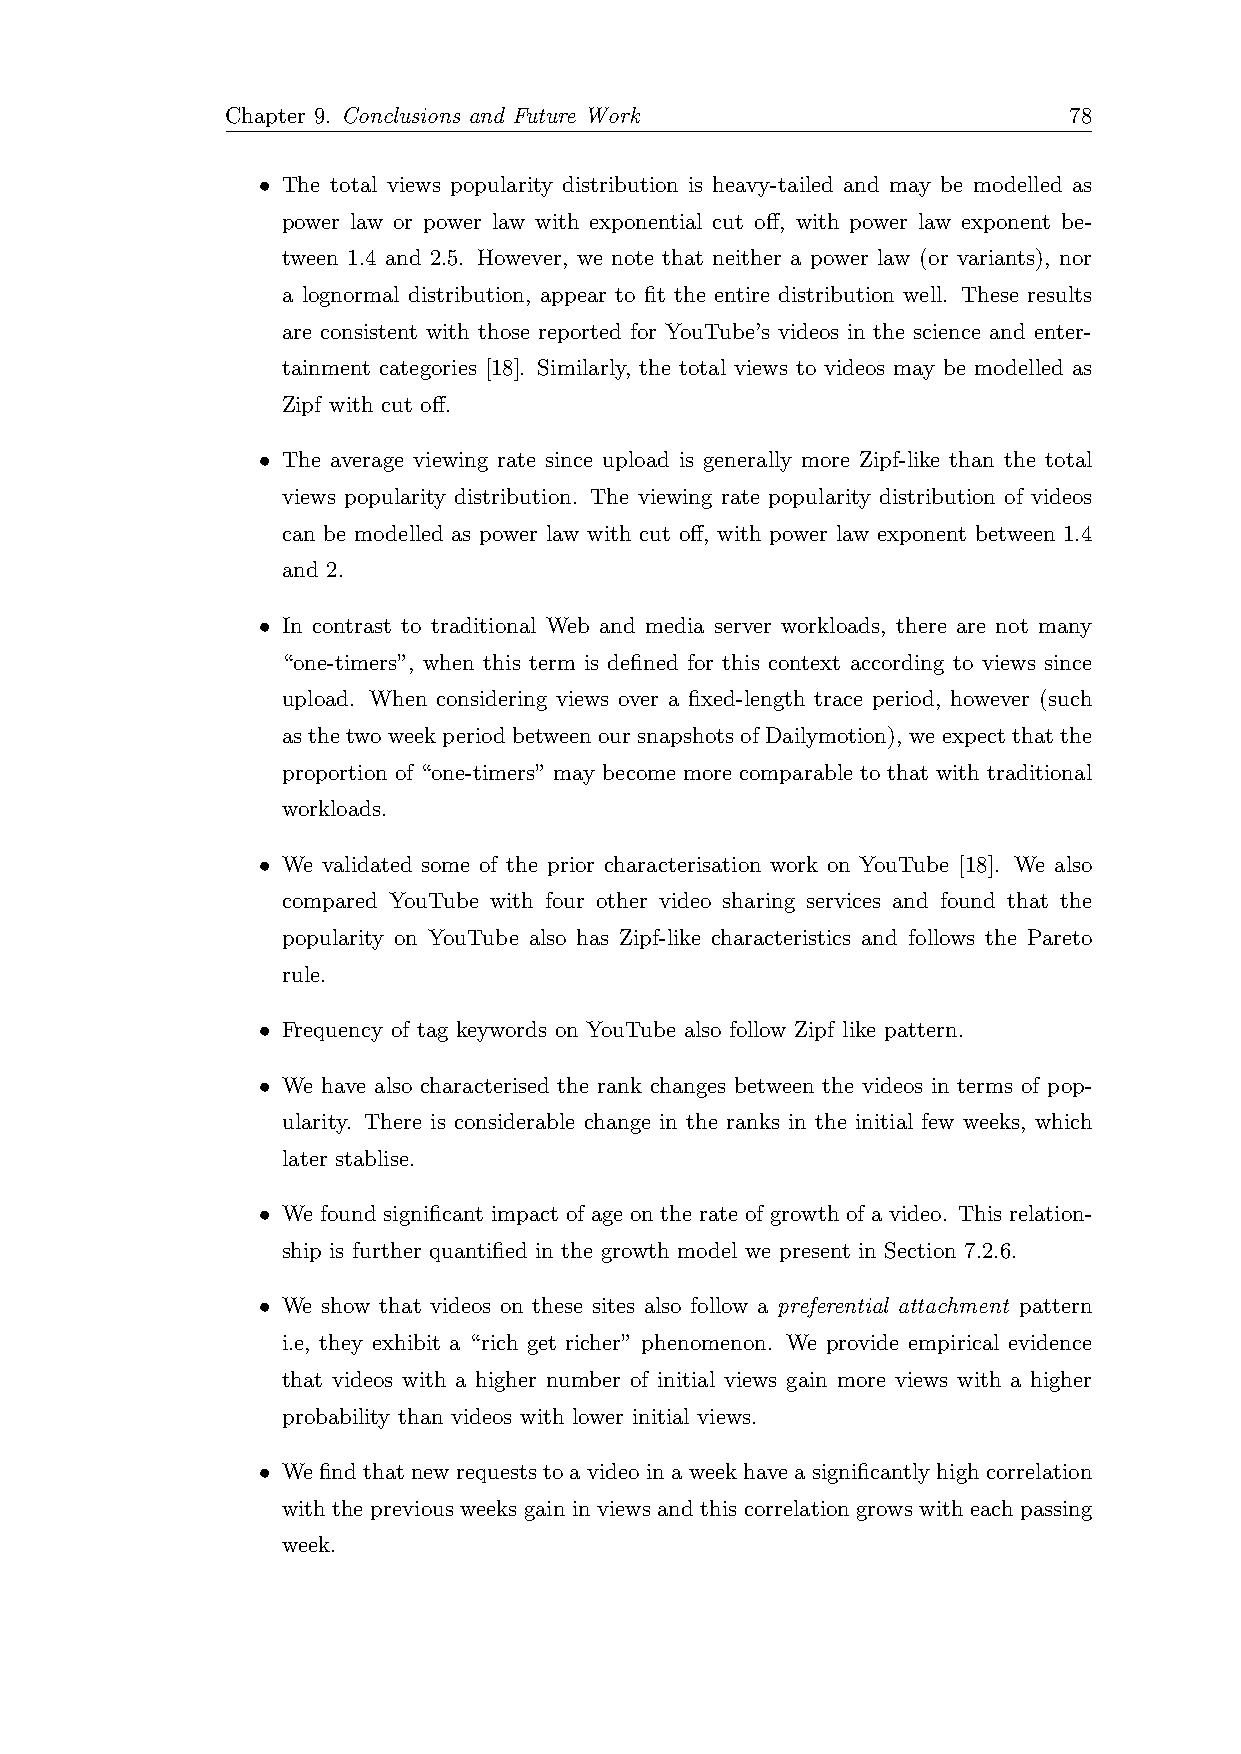
Chapter 9. Conclusions and Future Work                  78
 • The total views popularity distribution is heavy-tailed and may be modelled as
 power law or power law with exponential cut off, with power law exponent be-
 tween 1.4 and 2.5. However, we note that neither a power law (or variants), nor
 a lognormal distribution, appear to fit the entire distribution well. These results
 are consistent with those reported for YouTube’s videos in the science and enter-
 tainment categories [18]. Similarly, the total views to videos may be modelled as
 Zipf with cut off.
 • The average viewing rate since upload is generally more Zipf-like than the total
 views popularity distribution. The viewing rate popularity distribution of videos
 can be modelled as power law with cut off, with power law exponent between 1.4
 and 2.
 • In contrast to traditional Web and media server workloads, there are not many
 “one-timers”, when this term is defined for this context according to views since
 upload. When considering views over a fixed-length trace period, however (such
 as the two week period between our snapshots of Dailymotion), we expect that the
 proportion of “one-timers” may become more comparable to that with traditional
 workloads.
 • We validated some of the prior characterisation work on YouTube [18]. We also
 compared YouTube with four other video sharing services and found that the
 popularity on YouTube also has Zipf-like characteristics and follows the Pareto
 rule.
 • Frequency of tag keywords on YouTube also follow Zipf like pattern.
 • We have also characterised the rank changes between the videos in terms of pop-
 ularity. There is considerable change in the ranks in the initial few weeks, which
 later stablise.
 • We found significant impact of age on the rate of growth of a video. This relation-
 ship is further quantified in the growth model we present in Section 7.2.6.
 • We show that videos on these sites also follow a preferential attachment pattern
 i.e, they exhibit a “rich get richer” phenomenon. We provide empirical evidence
 that videos with a higher number of initial views gain more views with a higher
 probability than videos with lower initial views.
 • Wefindthatnewrequeststoavideoinaweekhaveasignificantlyhighcorrelation
 with the previous weeks gain in views and this correlation grows with each passing
 week.